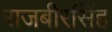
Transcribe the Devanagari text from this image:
राजबीरसिंह